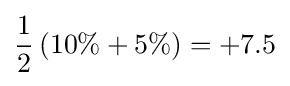
{\frac {1}{2}}\left(10\%+5\%\right)=+7.5